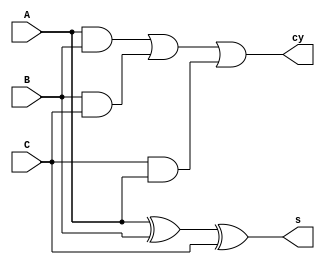
module carry(s,cy,A,B,C);
input A,B,C;
output s, cy;
assign s = A ^ B ^ C;
assign cy= (A & B ) | (B & C) | (C & A);
endmodule